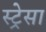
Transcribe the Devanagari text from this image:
स्ट्रेसा